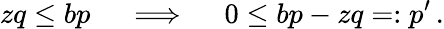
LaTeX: zq\leq bp\quad\implies\quad 0\leq bp-zq=:p^{\prime}\, .